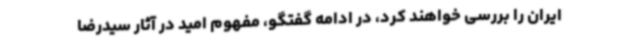
ایران را بررسی خواهند کرد، در ادامه گفتگو، مفهوم امید در آثار سیدرضا